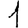
Digit: 1